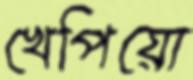
খেপিয়ো